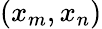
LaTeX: (x_{m},x_{n})